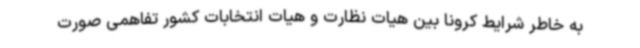
به خاطر شرایط کرونا بین هیات نظارت و هیات انتخابات کشور تفاهمی صورت